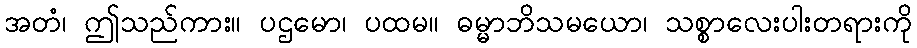
အတံ၊ ဤသည်ကား။ ပဌမော၊ ပထမ။ ဓမ္မာဘိသမယော၊ သစ္စာလေးပါးတရားကို